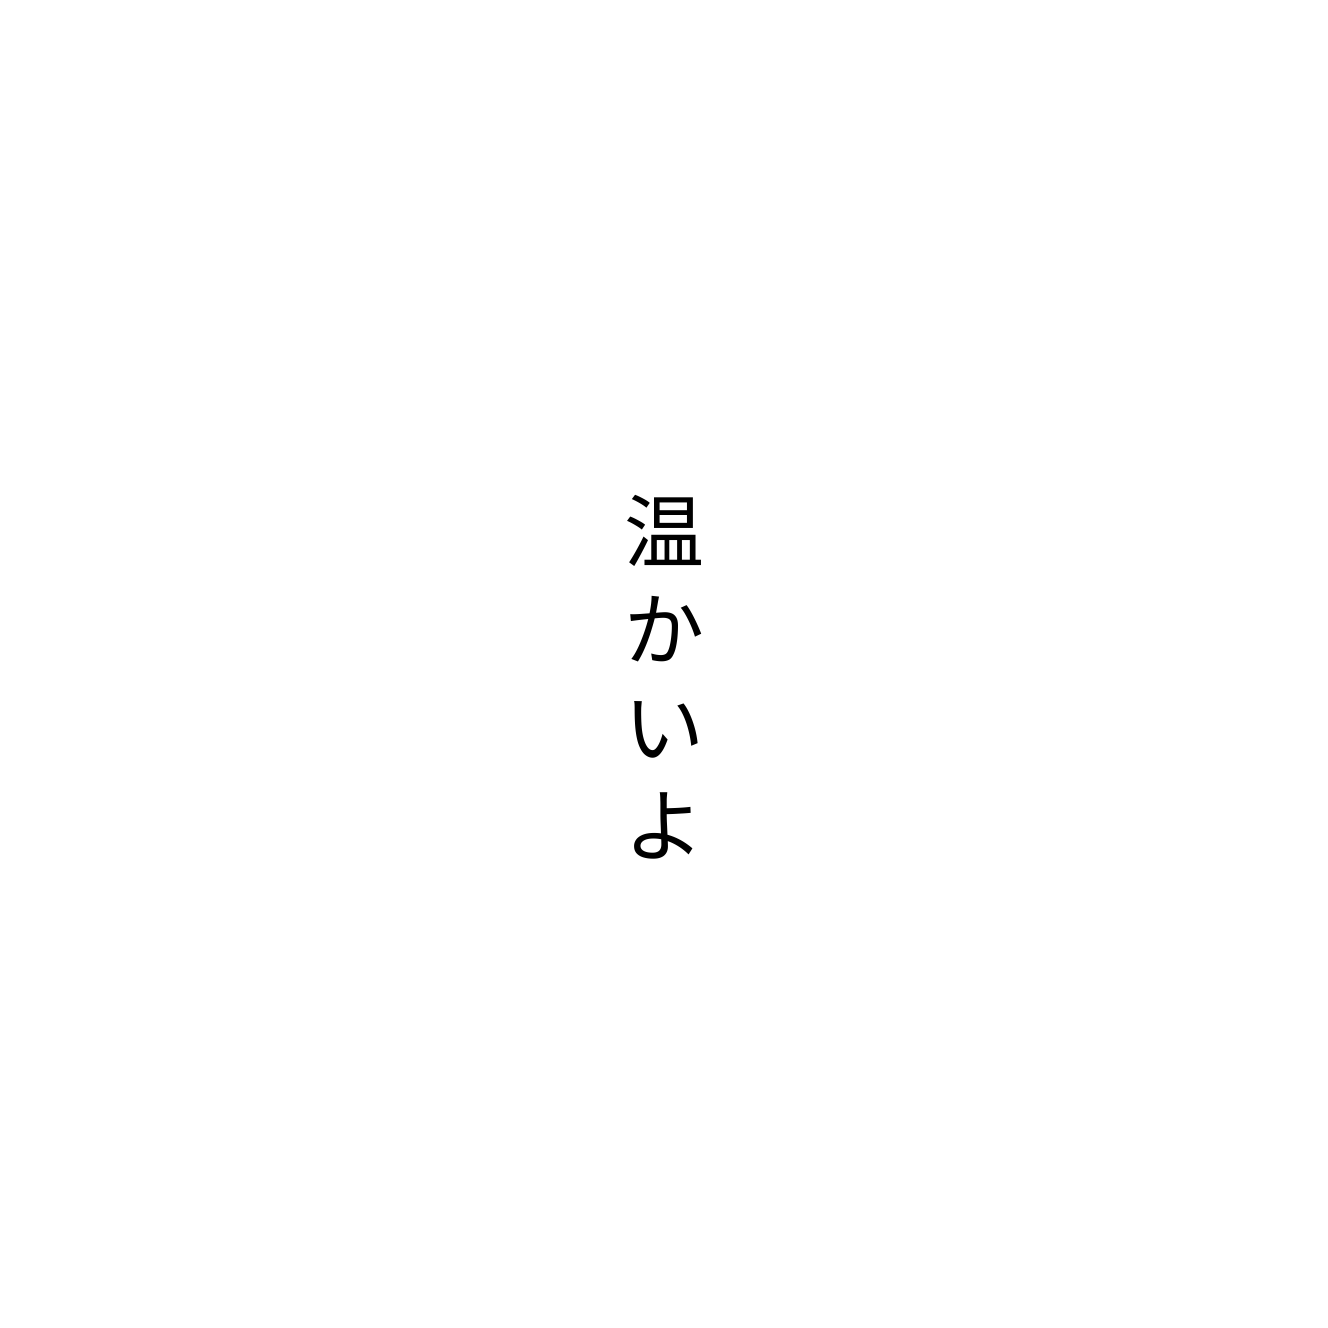
温かいよ